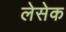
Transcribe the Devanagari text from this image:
लेसेक